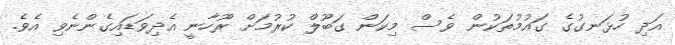
އަދި ހުޅަނގުގެ ގައުމުތަކުން ވެސް މިކަން ގަބޫލް ކުރުމަށް ރޫހާނީ އެދިވަޑައިގެންނެވި އެވެ.